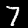
Label: 7